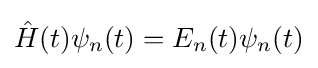
{\hat {H}}(t)\psi _{n}(t)=E_{n}(t)\psi _{n}(t)